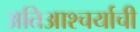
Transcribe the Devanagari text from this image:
अतिआश्चर्याची